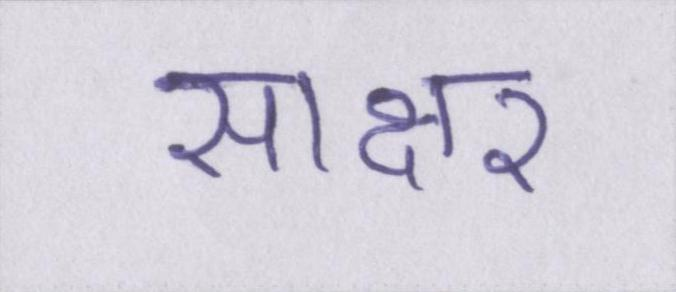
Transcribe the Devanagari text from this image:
साक्षर